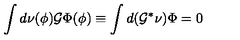
\int d \nu ( \phi ) { \cal G } \Phi ( \phi ) \equiv \int d ( { \cal G } ^ { * } \nu ) \Phi = 0